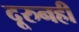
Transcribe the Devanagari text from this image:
दूरुनही